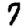
Digit: 7